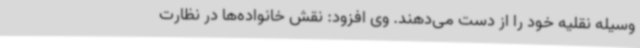
وسیله نقلیه خود را از دست می‌دهند. وی افزود: نقش خانواده‌ها در نظارت